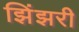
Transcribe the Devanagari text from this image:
झिंझरी